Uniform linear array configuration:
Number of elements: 32
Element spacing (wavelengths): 0.5
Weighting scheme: blackman
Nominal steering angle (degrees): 15
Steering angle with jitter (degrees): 16.604
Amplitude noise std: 0.05
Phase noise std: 0.05

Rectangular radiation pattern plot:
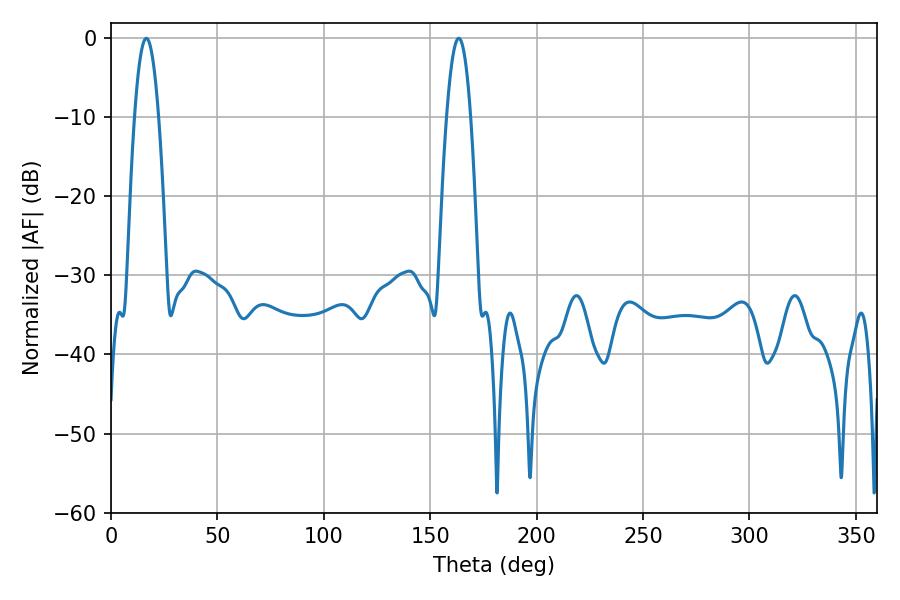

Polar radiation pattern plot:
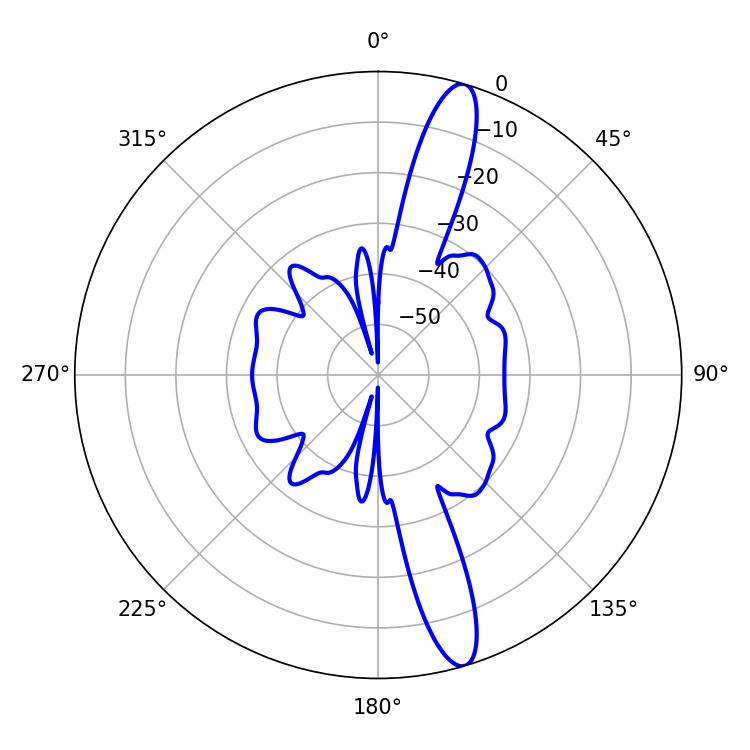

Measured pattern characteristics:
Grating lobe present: FALSE
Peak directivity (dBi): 14.718
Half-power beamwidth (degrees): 6.3
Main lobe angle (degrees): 16.56